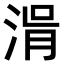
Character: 𣷢